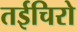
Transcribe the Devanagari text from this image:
तईचिरो